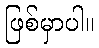
ဖြစ်မှာပါ။